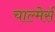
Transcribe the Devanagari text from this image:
चाल्मेर्स